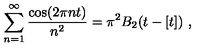
\sum _ { n = 1 } ^ { \infty } { \frac { \cos ( 2 \pi n t ) } { n ^ { 2 } } } = \pi ^ { 2 } B _ { 2 } ( t - [ t ] ) \ ,